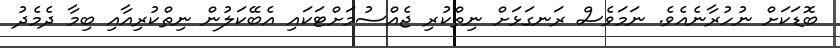
ބޮޑަކަށް ނުހުރާނެއެވެ. ނަމަވެސް ރަނގަޅަށް ނިތްކުރި ޖެއްސުމަށްޓަކައި އެބޭކަލުން ނިތްކުރިއާއި ބިމާ ދެމެދު